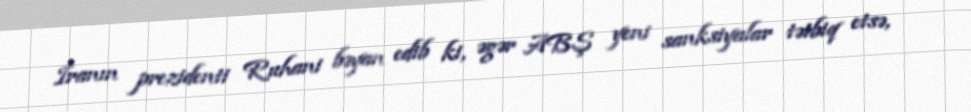
İranın prezidenti Ruhani bəyan edib ki, əgər ABŞ yeni sanksiyalar tətbiq etsə,